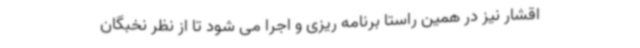
اقشار نیز در همین راستا برنامه ریزی و اجرا می شود تا از نظر نخبگان